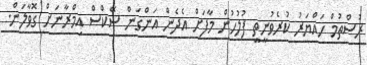
ރުސްތުމް ހައްޔަރު ކުރެވުނީތީ ފުލުހުން މާފަށް އެދެން އަންގަން ސޭކްސް އިމްރާނަަށް ގޮވާލަން.